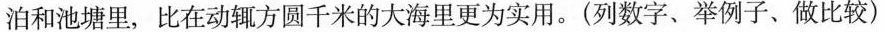
泊和池塘里，比在动辄方圆千米的大海里更为实用。(列数字、举例子、做比较)